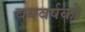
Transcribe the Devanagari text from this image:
बमवर्षको